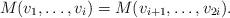
LaTeX: \begin{align*}M(v_1,\ldots,v_i)=M(v_{i+1},\ldots,v_{2i}).\end{align*}